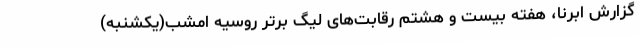
گزارش ابرنا، هفته بیست و هشتم رقابت‌های لیگ برتر روسیه امشب(یکشنبه)